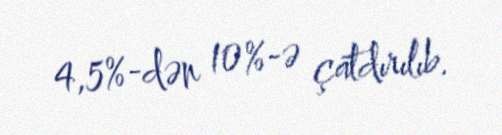
4,5%-dən 10%-ə çatdırılıb.